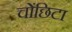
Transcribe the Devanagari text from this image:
चोंछिटा